Report on the cholera epidemic of
Year: 1868
Disease focus: Cholera
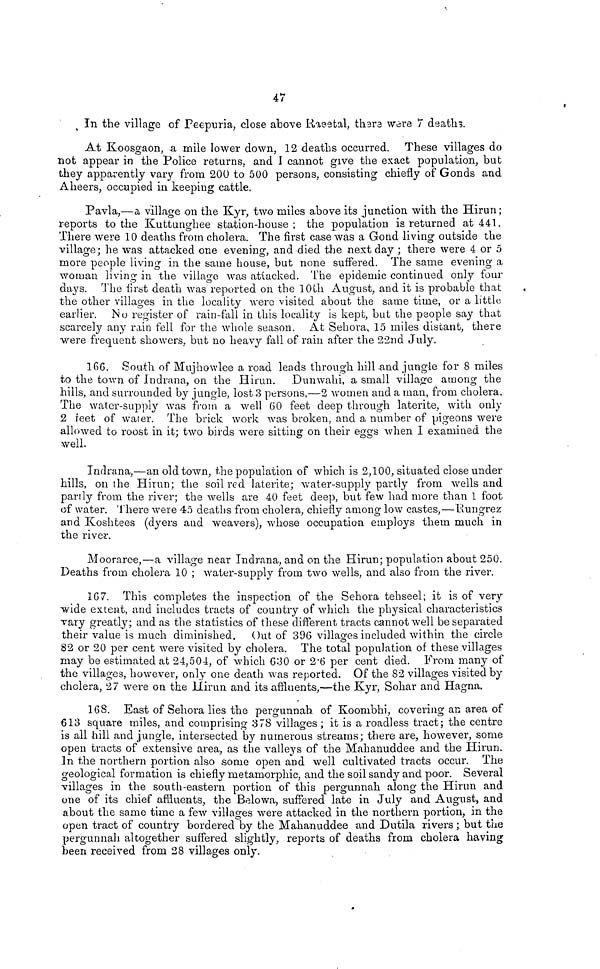
4 7
in the village of Peepuria, close above Raestal, there wore 7 deaths.
At Koosgaon, a mile lower down, 12 deaths occurred. These villages do
not appear in the Police returns, and I cannot give the exact population, but
they apparently vary from 20Ü to 500 persons, consisting chiefly of Gonds and
Aheers, occupied in keeping cattle.
Pavía,—a village on the Kyr, two miles above its junction with the Hirun;
reports to the Kuttunghee station-house ; the population is returned at 441.
There were 10 deaths from cholera. The first case was a Gond living outside the
village ; he was attacked one evening, and died the next day ; there were 4 or 5
more people living in the same house, but none suifered. The same evening a
woman living in the village was attacked. The epidemic continued only four
days. The first death was reported on the 10th August, and it is probable that
the other villages in the locality were visited about the same time, or a little
earlier. No register of rain-fall in this locality is kept, but the people say that
scarcely any rain fell for the whole season. At Sehora, 15 miles distant, there
were frequent showers, but no heavy fall of rain after the 22nd July.
166. South of Mujhowlee a road leads through hill and jungle for 8 miles
to the town of Indrana, on the Hirun. Dunwahi, a small village among the
hills, and surrounded by jungle, lost 3 persons,—2 women and a man, from cholera.
The walcr-supply was from a well 60 feet deep through latérite, with, only
2 feet of water. The brick work was broken, and a number of pigeons were
allowed to roost in it; two birds were sitting on their eggs when I examined the
well.
Indrana,—an old town, the population of which is 2,100, situated close under
hills, on the Hirun; the soil red laterite; water-supply partly from wells and
partly from the river; the wells are 40 feet deep, but few had more than 1 foot
of water. There were 45 deaths from cholera, chiefly among low castes,—Rungrez
and Koshtees (dyers and weavers), whose occupation employs them much in
the river.
Mooraree,—a village near Indrana, and on the Hirun; population about 250.
Deaths from cholera 10 ; water-supply from two wells, and also from the river.
167. This completes the inspection of the Sehora tehseel ; it is of very
wide extent, and includes tracts of country of which the physical characteristics
vary greatly ; and as the statistics of these different tracts cannot well be separated
their value is much diminished. Out of 396 villages included within the circle
82 or 20 per cent were visited by cholera. The total population of these villages
may be estimated at 24,504, of which 630 or 2 . 6 per cent died. From many of
the villages, however, only one death was reported. Of the 82 villages visited by
cholera, 27 were on the Hirun and its affluents,—the Kyr, Sohar and Hagna.
168. East of Sehora lies the pergunnah of Koombhi, covering an area of
613 square miles, and comprising 378 villages; it is a roadless tract; the centre
is all hill and jungle, intersected by numerous streams; there are, however, some
open tracts of extensive area, as the valleys of the Mahanuddee and the Hirun.
In the northern portion also some open and well cultivated tracts occur. The
geological formation is chiefly metamorphic, and the soil sandy and poor. Several
villages in the south-eastern portion of this pergunnah along the Hirun and
one of its chief affluents, the Belowa, suffered late in July and August, and
about the same time a few villages were attacked in the northern portion, in the
open tract of country bordered by the Mahanuddee and Dutila rivers ; but the
pergunnah altogether suffered slightly, reports of deaths from cholera having
been received from 28 villages only.